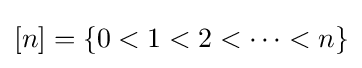
[n]=\{0<1<2<\cdots <n\}